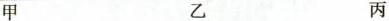
甲 乙 丙